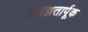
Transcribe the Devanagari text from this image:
अवज्ञतार्पूक